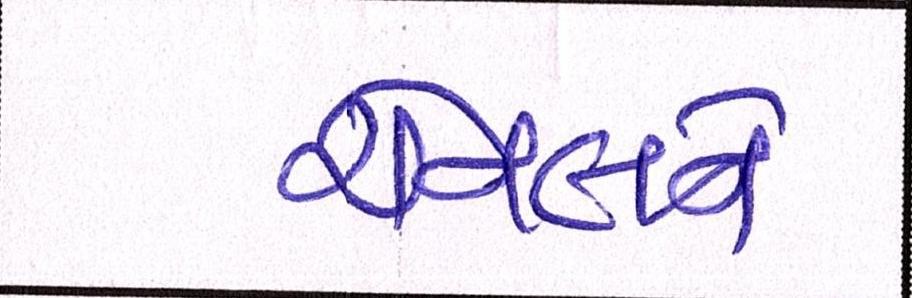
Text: ચેનલને